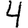
Digit: 4